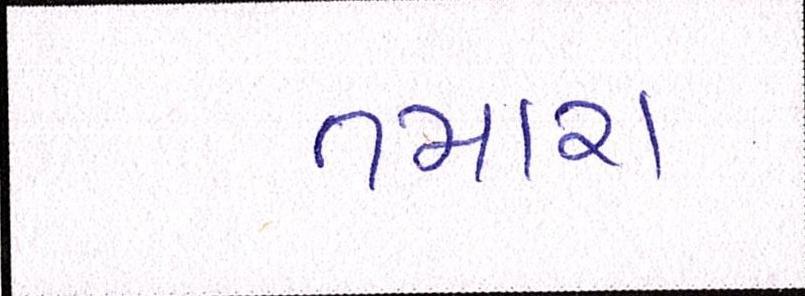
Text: તમારા